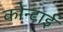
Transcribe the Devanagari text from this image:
कोन्टाई